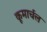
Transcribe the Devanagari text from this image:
कूमार्चल